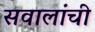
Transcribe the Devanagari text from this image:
सवालांची